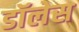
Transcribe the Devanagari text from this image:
डॉलेस